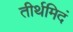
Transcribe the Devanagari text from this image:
तीर्थमिदं